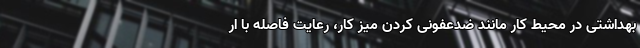
بهداشتی در محیط کار مانند ضدعفونی کردن میز کار، رعایت فاصله با ار